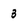
Character: 3